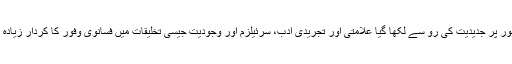
خاص طور پر جدیدیت کی رُو سے لکھا گیا علامتی اور تجریدی ادب، سرئیلزم اور وجودیت جیسی تخلیقات میں فسانوی وفور کا کردار زیادہ ہوتا ہے۔